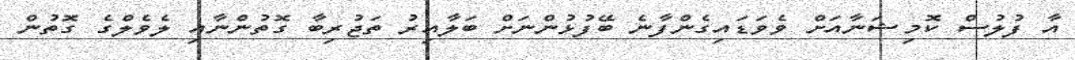
އާ ފުލުސް ކޮމިޝަނާއަށް ވެވަޑައިގެންފާނެ ބޭފުޅުންނަށް ބަލާއިރު ތަޖުރިބާ ގޮތުންނާއި ލެވެލްގެ ގޮތުން